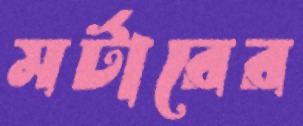
মর্টারের